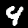
Digit: 4